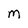
Character: m